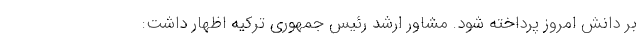
بر دانش امروز پرداخته شود. مشاور ارشد رئیس جمهوری ترکیه اظهار داشت: